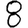
Digit: 8